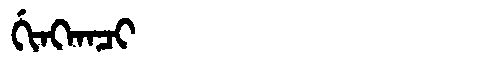
Manchu: ᡤᡳᠩᡴᠠᠴᡳ
Romanization: GINGKACI